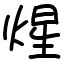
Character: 煋